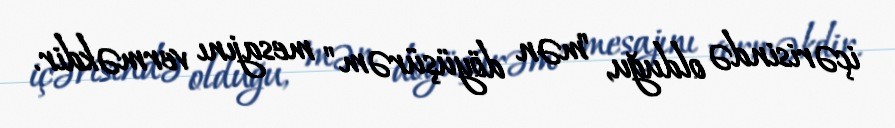
içərisində olduğu, "mən döyüşürəm" mesajını verməkdir.